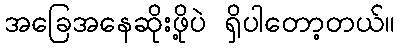
အခြေအနေဆိုးဖို့ပဲ ရှိပါတော့တယ်။